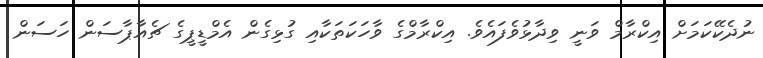
ނުދެކޭކަމަށް އިކްރާމް ވަނީ ވިދާޅުވެފައެވެ. އިކްރާމްގެ ވާހަކަތަކާއި ގުޅިގެން އެމްޑީޕީގެ ޗެއާޕާސަން ހަސަން